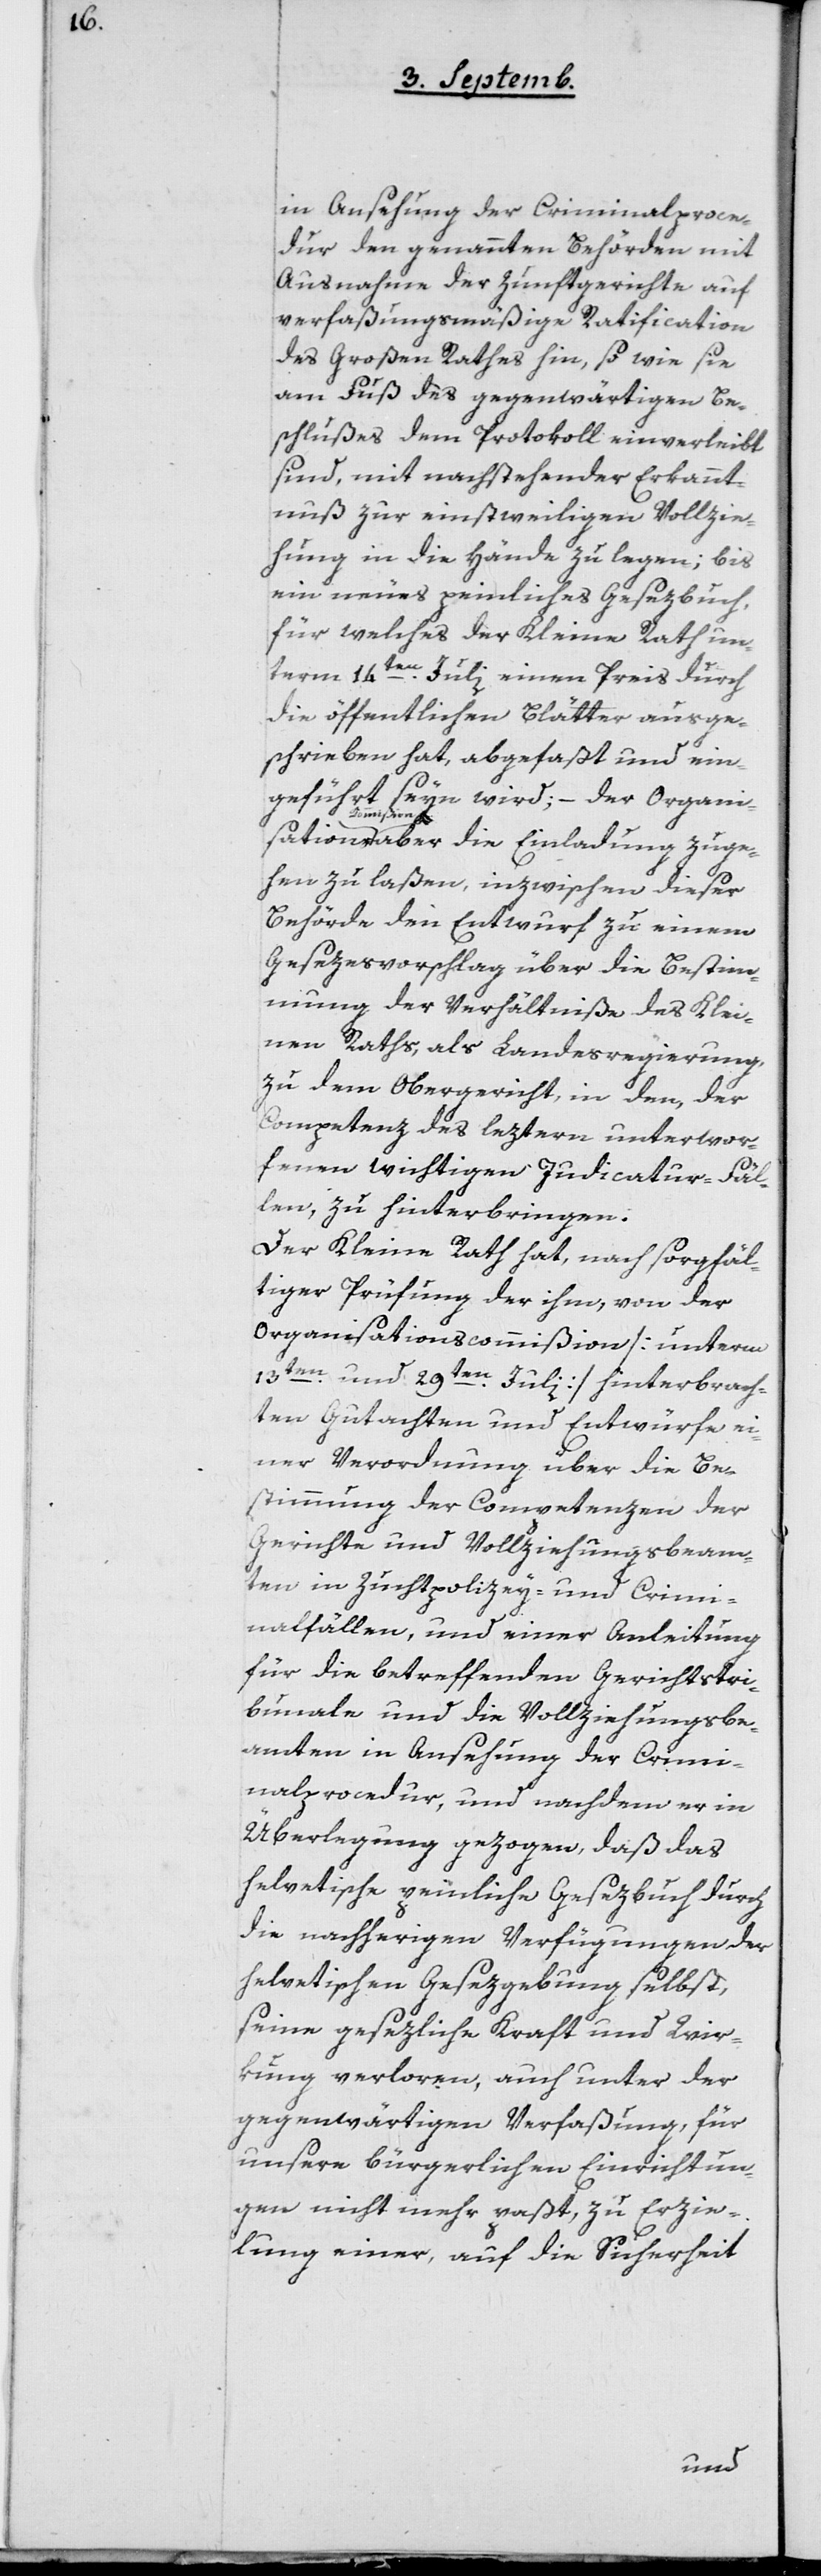
in Ansehung der Criminalproce¬
dur den genannten Behörden mit
Ausnahme der Zunftgerichte auf
verfaßungsmäßige Ratification
des Großen Rathes hin, so wie sie
am Fuß des gegenwärtigen Be¬
schlußes dem Protokoll einverleibt
sind, mit nachstehender Erkannt¬
nuß zur einstweiligen Vollzie¬
hung in die Hände zu legen; bis
ein neues peinliches Gesezbuch,
für welches der Kleine Rath un¬
term 14ten Juli einen Preis durch
die öffentlichen Blätter ausge¬
schrieben hat, abgefaßt und ein¬
geführt seyn wird; – der Organi¬
sationscom¬
mißion aber die Einladung zuge¬
hen zu laßen, inzwischen dieser
Behörde den Entwurf zu einem
Gesezesvoschlag über die Bestim¬
mung der Verhältniße des Klei¬
ner Raths als Landesregierung,
zu dem Obergericht, in den, der
Competenz des leztern unterwor¬
fenen wichtigen Judicatur-Fäl¬
len, zu hinterbringen.
Der Kleine Rath hat, nach sorgfäl¬
tiger Prüfung der ihm von der
Organisationscommißion [unterm
13ten und 29ten Juli] hinterbrach¬
ten Gutachten und Entwürfe ei¬
ner Verordnung über die Be¬
stimmung der Competenzen der
Gerichte und Vollziehungsbeam¬
ten in Zuchtpolizey und Crimi¬
nalfällen, und einer Anleitung
für die betreffenden Gerichtstri¬
bunale und die Vollziehungsbe¬
amten in Ansehung der Crimi¬
nalprocedur, und nachdem er in
Überlegung gezogen, daß das
helvetische peinliche Gesezbuch durch
die nachherigen Verfügungen der
helvetischen Gesezgebung selbst,
seine gesezliche Kraft und Wir¬
kung verloren, auch unter der
gegenwärtigen Verfaßung, für
unsere bürgerlichen Einrichtun¬
gen nicht mehr paßt, zu Erzie¬
lung einer, auf die Sicherheit